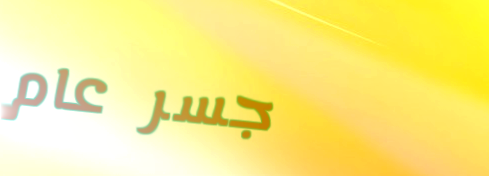
جسر عام